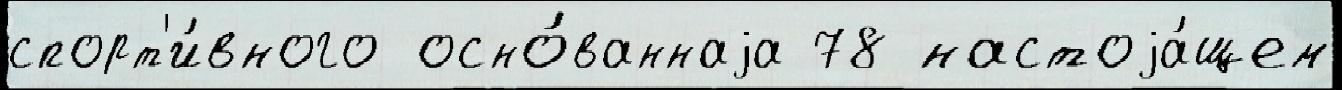
спорт'и́вного осно́ваннаjа 78 настоjа́щем